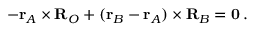
- \mathbf { r } _ { A } \times \mathbf { R } _ { O } + ( \mathbf { r } _ { B } - \mathbf { r } _ { A } ) \times \mathbf { R } _ { B } = \mathbf { 0 } \, .